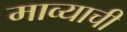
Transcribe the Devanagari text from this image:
माव्याची